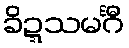
ခိဍ္ဍသမင်္ဂီ